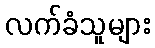
လက်ခံသူများ